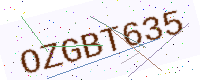
Text: OZGBT635